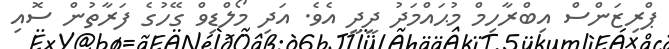
ޕްރިޒަންސް އިބްރާހިމް މުޙައްމަދު ދީދީ އެވެ. އަދި މޯލްޑިވް ގޭހުގެ ފަރާތުން ސޮއި